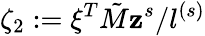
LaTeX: \zeta_{2}:=\xi^{T}\tilde{M}\mathbf{z}^{s}/l^{(s)}